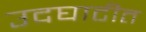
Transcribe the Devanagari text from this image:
उदघाटीत